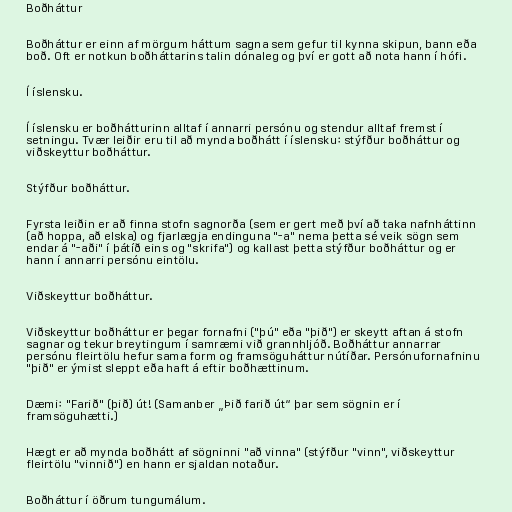
Boðháttur

Boðháttur er einn af mörgum háttum sagna sem gefur til kynna skipun, bann eða
boð. Oft er notkun boðháttarins talin dónaleg og því er gott að nota hann í hófi.

Í íslensku.

Í íslensku er boðhátturinn alltaf í annarri persónu og stendur alltaf fremst í
setningu. Tvær leiðir eru til að mynda boðhátt í íslensku: stýfður boðháttur og
viðskeyttur boðháttur.

Stýfður boðháttur.

Fyrsta leiðin er að finna stofn sagnorða (sem er gert með því að taka nafnháttinn
(að hoppa, að elska) og fjarlægja endinguna "-a" nema þetta sé veik sögn sem
endar á "-aði" í þátíð eins og "skrifa") og kallast þetta stýfður boðháttur og er
hann í annarri persónu eintölu.

Viðskeyttur boðháttur.

Viðskeyttur boðháttur er þegar fornafni ("þú" eða "þið") er skeytt aftan á stofn
sagnar og tekur breytingum í samræmi við grannhljóð. Boðháttur annarrar
persónu fleirtölu hefur sama form og framsöguháttur nútíðar. Persónufornafninu
"þið" er ýmist sleppt eða haft á eftir boðhættinum.

Dæmi: "Farið" (þið) út! (Samanber „Þið farið út“ þar sem sögnin er í
framsöguhætti.)

Hægt er að mynda boðhátt af sögninni "að vinna" (stýfður "vinn", viðskeyttur
fleirtölu "vinnið") en hann er sjaldan notaður.

Boðháttur í öðrum tungumálum.